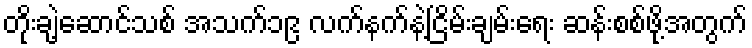
တိုးချဲ့ဆောင်သစ် အသက်၁၉ လက်နက်နဲ့ငြိမ်းချမ်းရေး ဆန်းစစ်ဖို့အတွက်